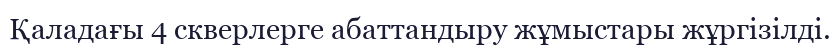
Қаладағы 4 скверлерге абаттандыру жұмыстары жұргізілді.